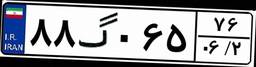
۸۸گ۰۶۵۷۶